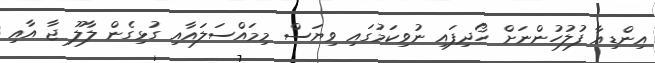
އިންޑިއާ ފުލުހުންނަށް ހޯދިފައި ނުވިކަމުގައި ވިޔަސް މިމައްސަލައާއި ގުޅިގެން ލާލޫ ޖާ އާއި